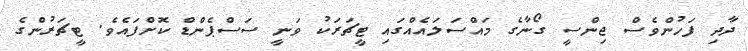
ދާދި ފަހުންވެސް ޖިންސީ ގޯނާގެ މައްސަލައެއްގައި ޓީޗަރަކު ވަނީ ސަސްޕެންޑް ކޮށްފައެވެ. ޓީޗަރުންގެ